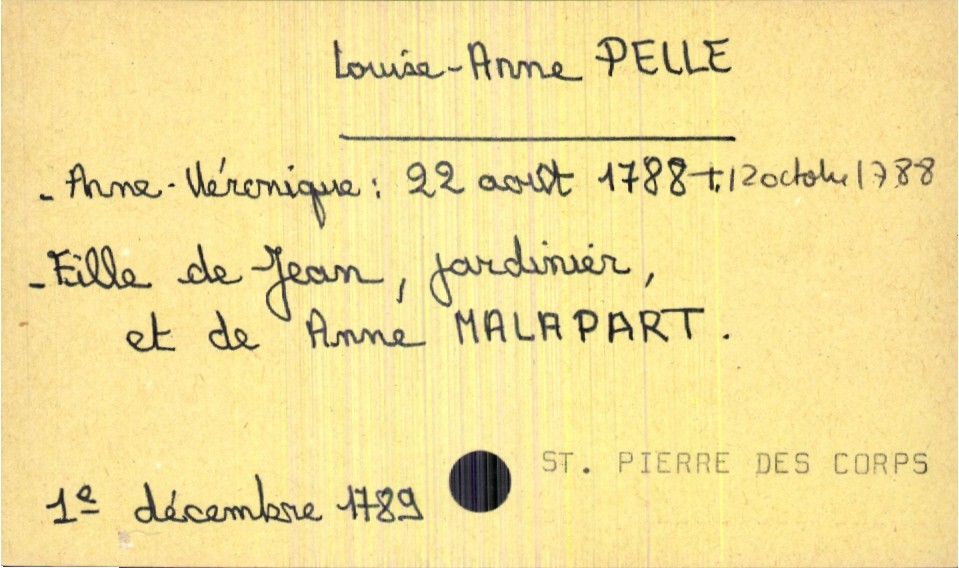
type_acte: Baptême
filiation: fille
enfant_prénom: Louise-Anne
enfant_date_de_naissance: 1e décembre 1789
enfant_lieu_de_naissance: Saint Pierre des Corps
enfant_date_de_décès: 12 octobre 1788
père_enfant_nom: Pelle
père_enfant_prénom: Jean
père_enfant_profession: jardinier
mère_enfant_nom: Malapart
mère_enfant_prénom: Anne